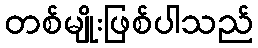
တစ်မျိုးဖြစ်ပါသည်